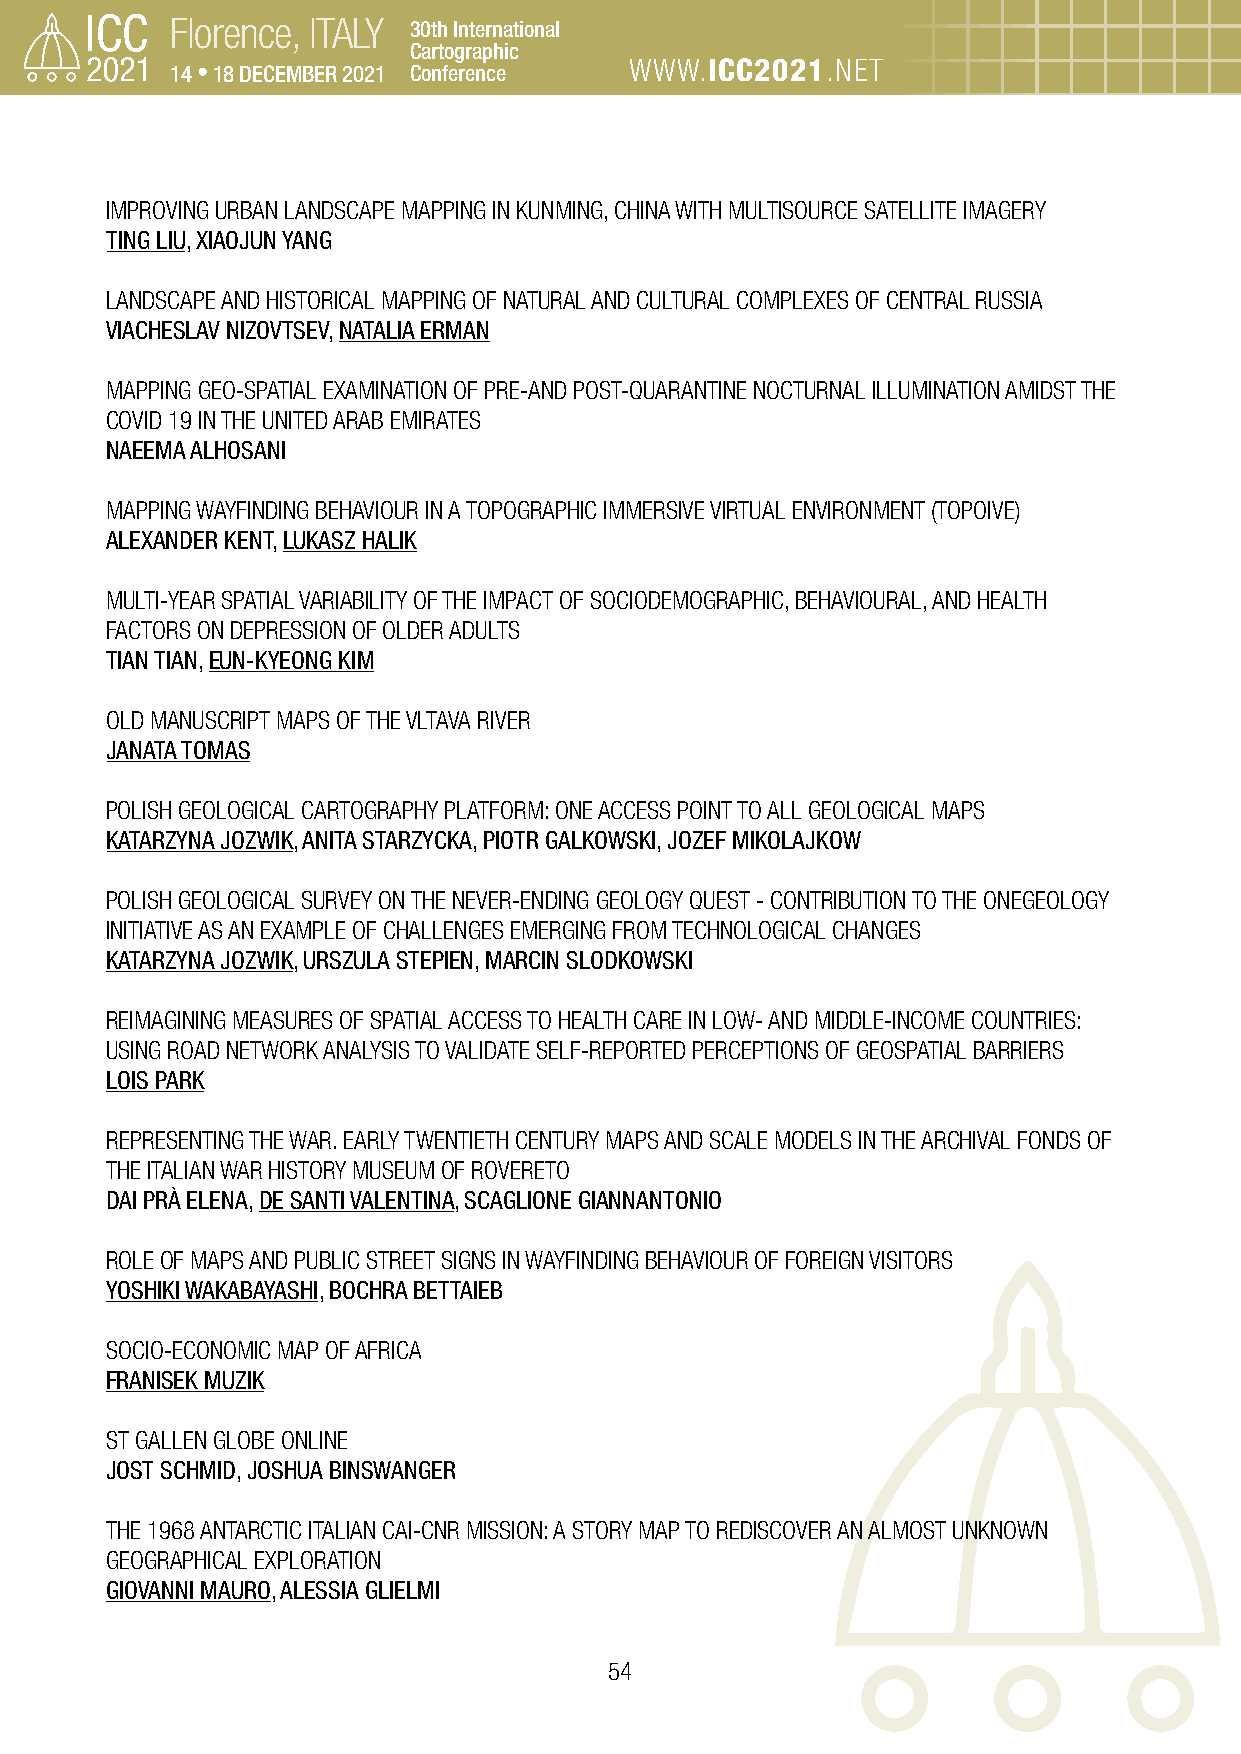
Florence, ITALY 30th International
 Cartographic
 14 • 18 DECEMBER 2021 Conference WWW.ICC2021.NET
 IMPROVING URBAN LANDSCAPE MAPPING IN KUNMING, CHINA WITH MULTISOURCE SATELLITE IMAGERY
 TING LIU, XIAOJUN YANG
 LANDSCAPE AND HISTORICAL MAPPING OF NATURAL AND CULTURAL COMPLEXES OF CENTRAL RUSSIA
 VIACHESLAV NIZOVTSEV, NATALIA ERMAN
 MAPPING GEO-SPATIAL EXAMINATION OF PRE-AND POST-QUARANTINE NOCTURNAL ILLUMINATION AMIDST THE
 COVID 19 IN THE UNITED ARAB EMIRATES
 NAEEMA ALHOSANI
 MAPPING WAYFINDING BEHAVIOUR IN A TOPOGRAPHIC IMMERSIVE VIRTUAL ENVIRONMENT (TOPOIVE)
 ALEXANDER KENT, LUKASZ HALIK
 MULTI-YEAR SPATIAL VARIABILITY OF THE IMPACT OF SOCIODEMOGRAPHIC, BEHAVIOURAL, AND HEALTH
 FACTORS ON DEPRESSION OF OLDER ADULTS
 TIAN TIAN, EUN-KYEONG KIM
 OLD MANUSCRIPT MAPS OF THE VLTAVA RIVER
 JANATA TOMAS
 POLISH GEOLOGICAL CARTOGRAPHY PLATFORM: ONE ACCESS POINT TO ALL GEOLOGICAL MAPS
 KATARZYNA JOZWIK, ANITA STARZYCKA, PIOTR GALKOWSKI, JOZEF MIKOLAJKOW
 POLISH GEOLOGICAL SURVEY ON THE NEVER-ENDING GEOLOGY QUEST - CONTRIBUTION TO THE ONEGEOLOGY
 INITIATIVE AS AN EXAMPLE OF CHALLENGES EMERGING FROM TECHNOLOGICAL CHANGES
 KATARZYNA JOZWIK, URSZULA STEPIEN, MARCIN SLODKOWSKI
 REIMAGINING MEASURES OF SPATIAL ACCESS TO HEALTH CARE IN LOW- AND MIDDLE-INCOME COUNTRIES:
 USING ROAD NETWORK ANALYSIS TO VALIDATE SELF-REPORTED PERCEPTIONS OF GEOSPATIAL BARRIERS
 LOIS PARK
 REPRESENTING THE WAR. EARLY TWENTIETH CENTURY MAPS AND SCALE MODELS IN THE ARCHIVAL FONDS OF
 THE ITALIAN WAR HISTORY MUSEUM OF ROVERETO
 DAI PRÀ ELENA, DE SANTI VALENTINA, SCAGLIONE GIANNANTONIO
 ROLE OF MAPS AND PUBLIC STREET SIGNS IN WAYFINDING BEHAVIOUR OF FOREIGN VISITORS
 YOSHIKI WAKABAYASHI, BOCHRA BETTAIEB
 SOCIO-ECONOMIC MAP OF AFRICA
 FRANISEK MUZIK
 ST GALLEN GLOBE ONLINE
 JOST SCHMID, JOSHUA BINSWANGER
 THE 1968 ANTARCTIC ITALIAN CAI-CNR MISSION: A STORY MAP TO REDISCOVER AN ALMOST UNKNOWN
 GEOGRAPHICAL EXPLORATION
 GIOVANNI MAURO, ALESSIA GLIELMI
 54